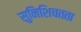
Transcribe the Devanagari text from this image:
सुनिशिचतता